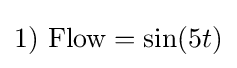
1)\ {\text{Flow}}=\sin(5t)